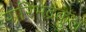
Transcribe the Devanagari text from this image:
पारिभद्रकुल